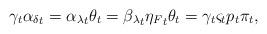
LaTeX: \begin{align*}\gamma_t {\alpha_\delta}_t = {\alpha_\lambda}_t \theta_t= {\beta_\lambda}_t {\eta_F}_t \theta_t= \gamma_t \varsigma_t p_t \pi_t,\end{align*}